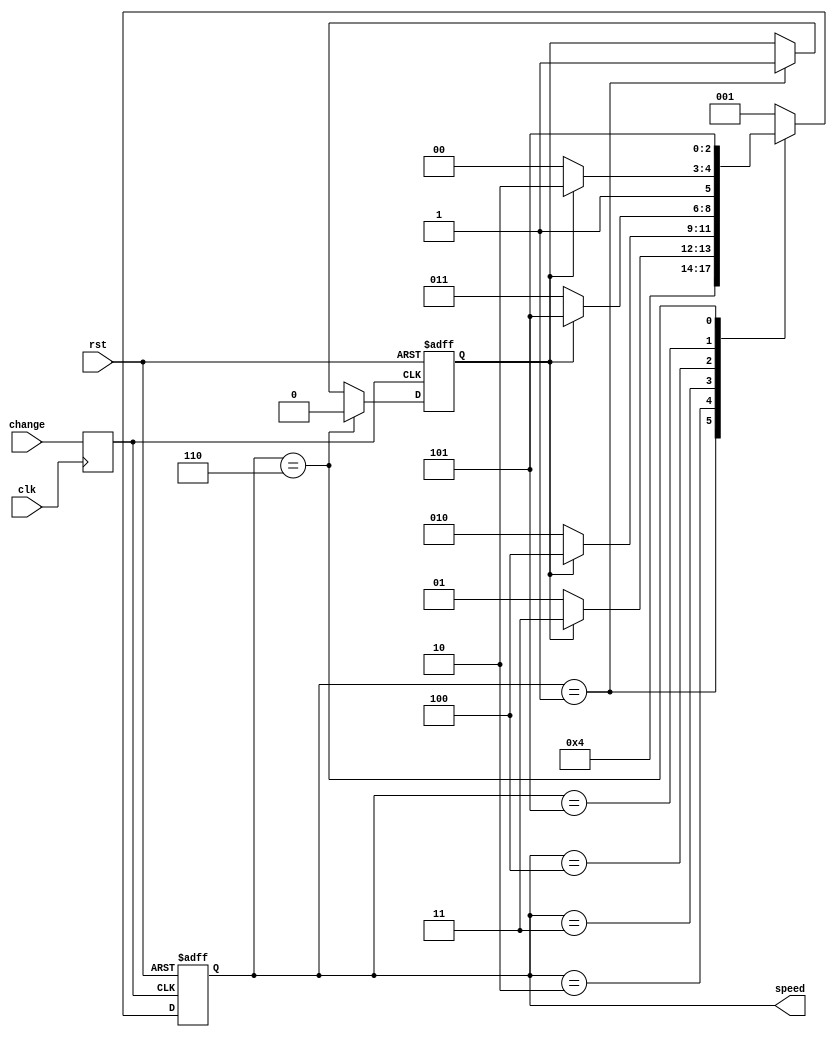


module step_motor_controller( 
								input wire change,//key 3- increase/decrease the motor speed
								input wire rst,
								input wire clk,//50MHz
								output wire [2:0]speed
								);
								
								//State definition
								parameter start = 3'b001,
											 s20 = 3'b010,
											 s30 = 3'b011,
											 s40 = 3'b100,
											 s50 = 3'b101,
											 s60 = 3'b110;
								
								reg change_o;
								reg[2:0]cs;
								reg[2:0]ns;
								reg faster = 1'b1;// If key 3 makes the motor faster or slower 
								
								
								always  @(posedge clk)
									begin
									change_o <= change;
									end
								
								//every clock insert ns to cs
								
								always @(posedge change_o or negedge rst) 
									begin
										if (~rst)
											begin
											cs <= start;
											faster <= 1'b1;
											end
										else
											begin
											cs <= ns;
											
											if (cs == start)
												begin
												faster <= 1'b1;
												end
											
											if (cs == s60)
												begin
												faster <= 1'b0;
												end
											end	
											
									end
			
								//Next state logic	
								
								always @(cs)//Will actevaite when cs or the in change
									begin
										case (cs)
													   start: ns = s20;
														s20: ns = faster ? s30 : start;
														s30: ns = faster ? s40 : s20;
														s40: ns = faster ? s50 : s30;
														s50: ns = faster ? s60 : s40;
														s60: ns = s50;
														default: ns = start;
														endcase
											
											end
							assign speed = cs;
			
endmodule